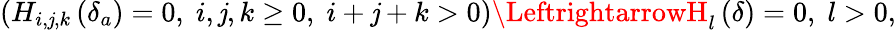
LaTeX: \left(H_{i,\mathit{j},k}\left(\delta_{a}\right)=0,\; i,\mathit{j},k\geq0,\; i+\mathit{j}+k>0\right)\LeftrightarrowH_{l}\left(\delta\right)=0,\; l>0,